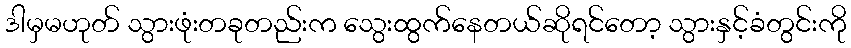
ဒါမှမဟုတ် သွားဖုံးတခုတည်းက သွေးထွက်နေတယ်ဆိုရင်တော့ သွားနှင့်ခံတွင်းကို